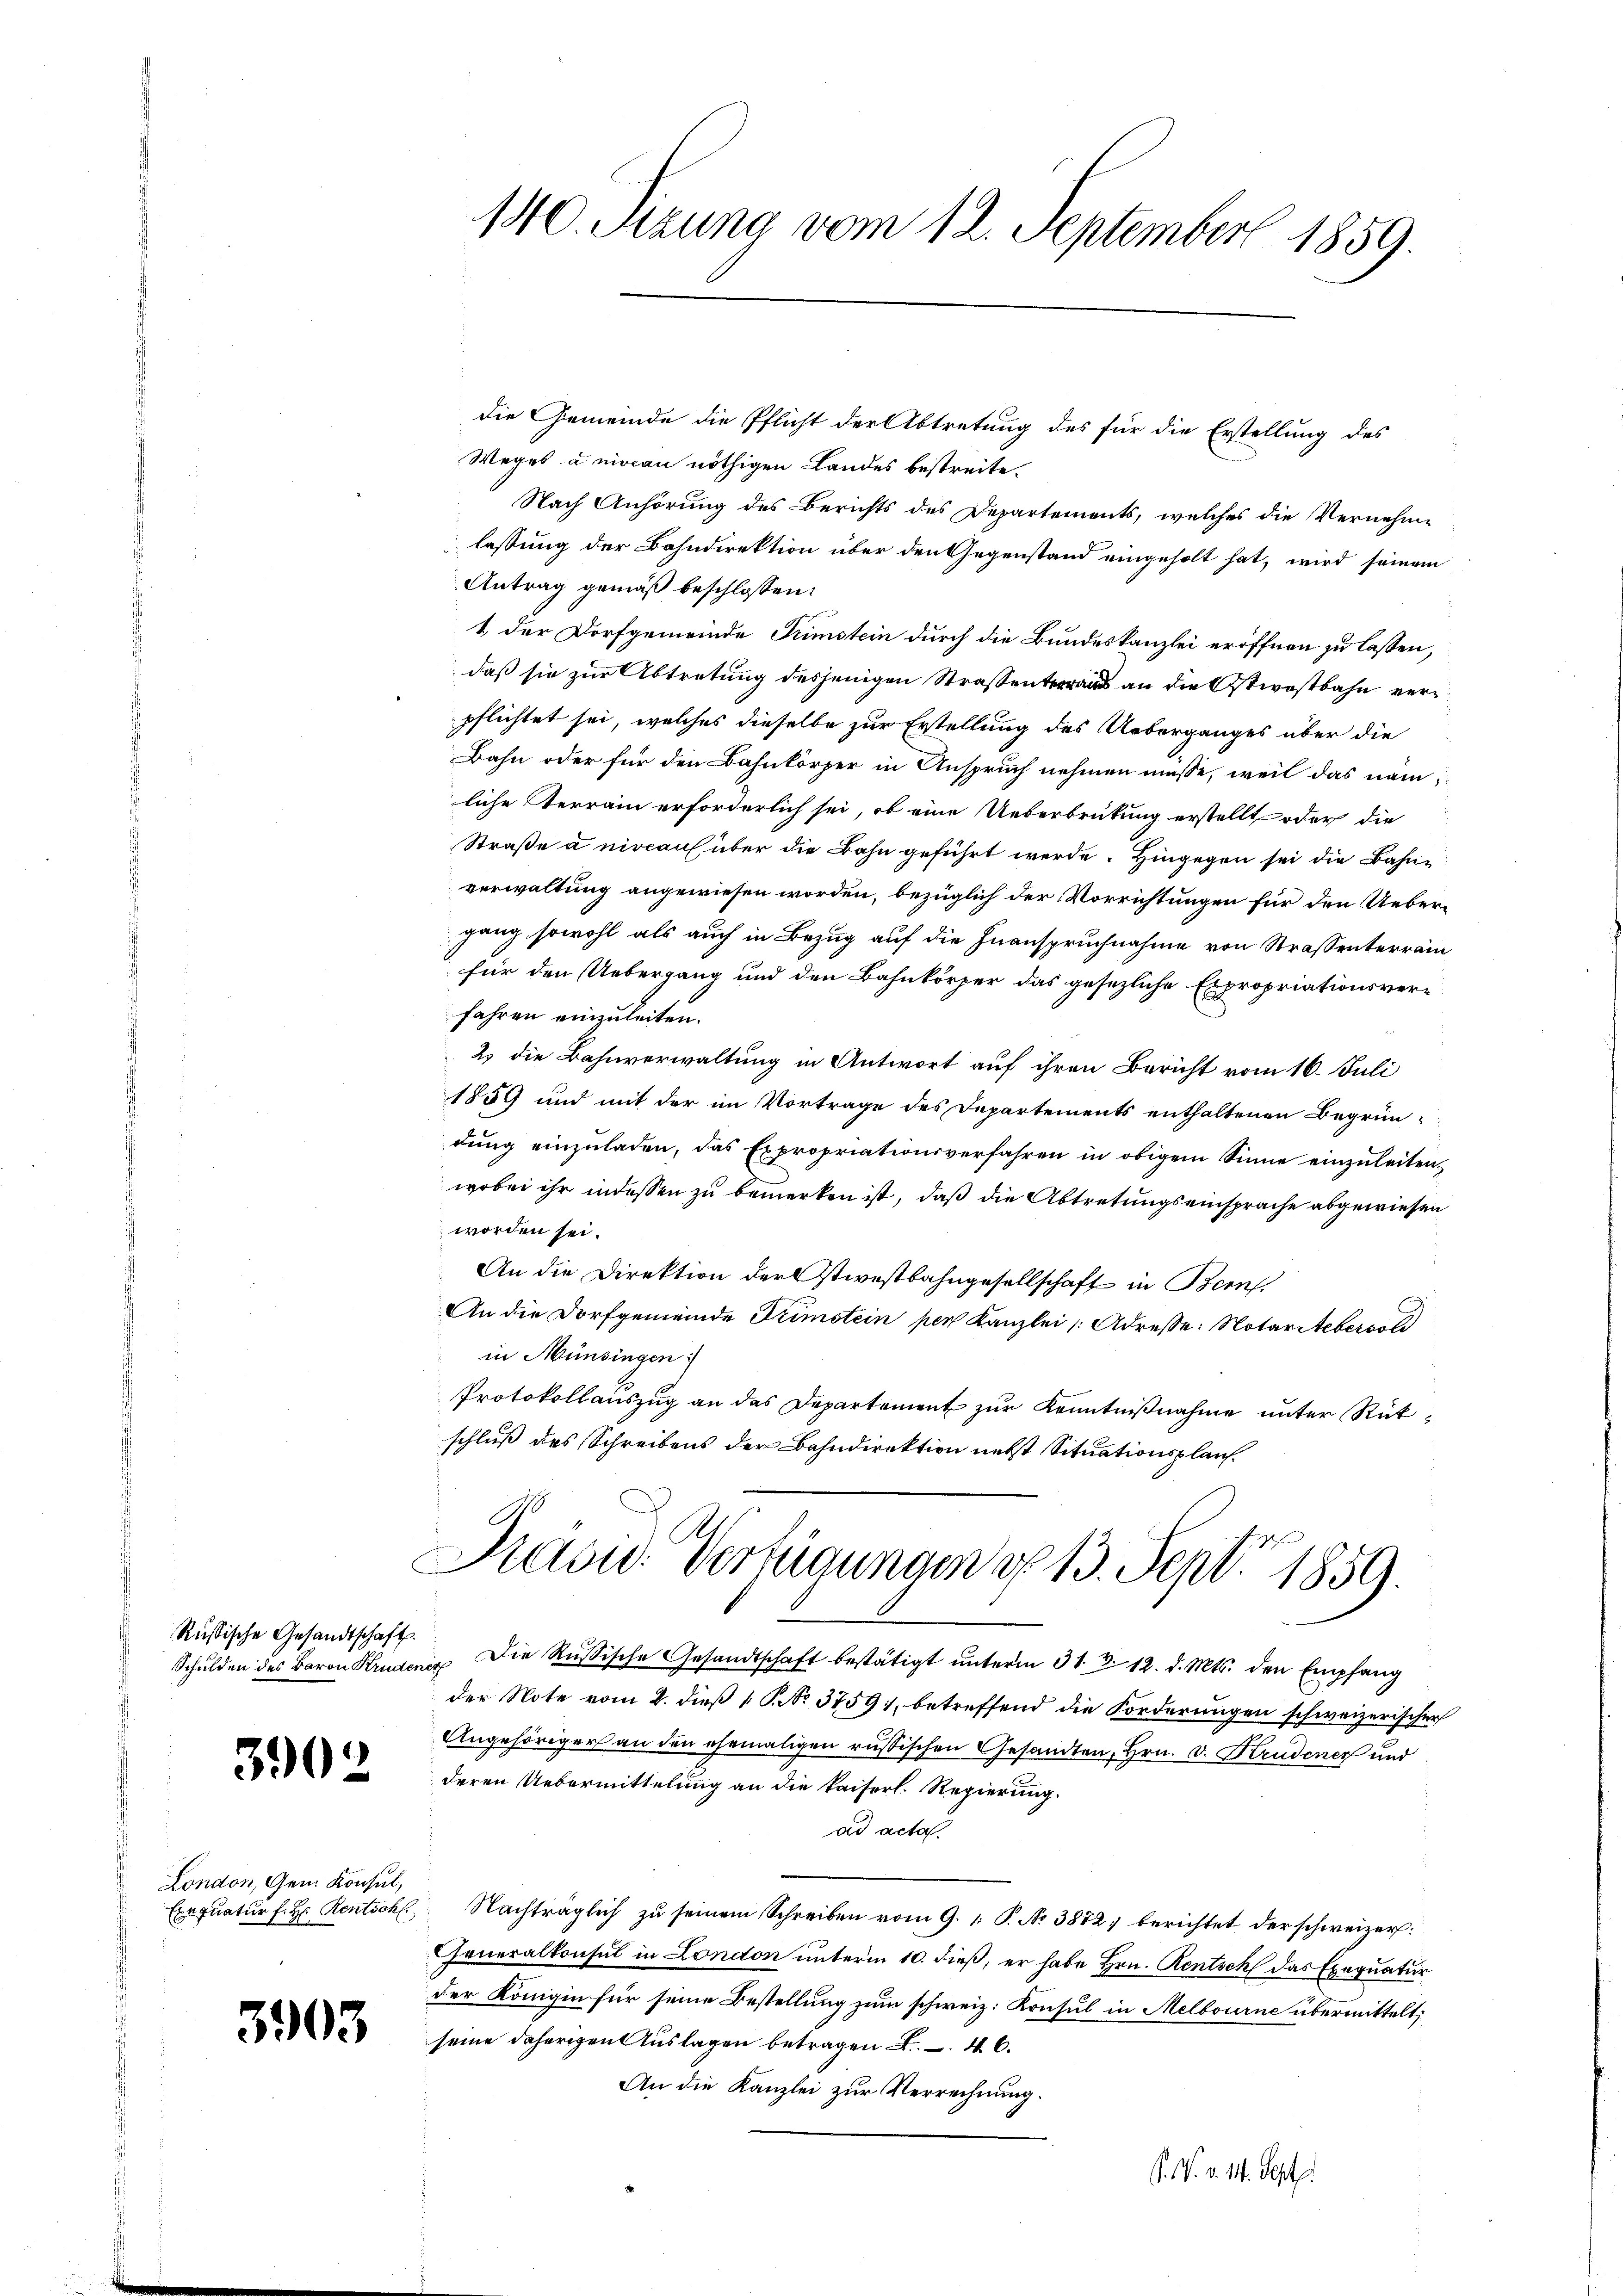
Russische Gesandtschaft.
Schulden des Baron Bruder

3902

London, Gem. Konsul,

3903

140. Setzung vom 12. September 1859.

die Gemeinde die Pflicht der Abtretung des für die Erstellung des
Weges à niveau nöthigen Landes bestreite.
Nach Anhörung des Berichts des Departements, welches die Vernehmlassung der Bahndirektion über den Gegenstand eingeholt hat, wird seinem
Antrag gemäß beschlossen:
1 der Dorfgemeinde Trimstein durch die Bundeskanzlei eröffnen zu lassen,
daß sie zur Abtretung desjenigen Straßenau an die Ostwostbahn verpflichtet sei, welches dieselbe zur Erstellung des Ueberganges über die
Bahn oder für den Bahnkörper in Anspruch nehmen müsse, weil das näm
liche Terrain erforderlich sei, ob eine Ueberbrütung erstellt oder die
Straße a niveau über die Bahn geführt werde. Hingegen sei die Bahnverwaltung angewiesen worden, bezüglich der Vorrichtungen für den Uebergang sowohl als auch in Bezug auf die Inanspruchnahme von Strassenterrain
für den Uebergang und den Bahnkörper das gesezliche Expropriationsverfahren einzuleiten.

2) die Bahnverwaltung in Antwort auf ihren Bericht vom 16. Juli
1859 und mit der im Vortrage des Departements enthaltenen Begründung einzuladen, das Expropriationsverfahren in obigem Sinne einzuleiten,
wobei ihr indessen zu bemerken ist, daß die Abtretungseinsprache abgewiesen
worden sei.
An die Direktion der stiestbahngesellschaft in Bern.
An die Dorfgemeinde Trimstein per Kanzlei (Adresse: Notar Steber sol
in Münsingen:
Protokollauszug an das Departement zur Kenntnißnahme unter Rükschluß des Schreibens der Bahndirektion nebst Situationsplan.
Präsid. Verfügungen d. 13. Sept. 1859.
 Die Russische Gesandtschaft bestätigt unterm 31. 312. d. Mts. den Empfang
der Note vom 2. dieß P. No. 3759, betreffend die Forderungen schweizerischer
Angehöriger an den ehemaligen russischen Gesandten, Hrn. v. Krudener und
deren Uebermittelung an die kaiserl. Regierung.
ad acta.
Exequatur f. H. Rentschl. Nachträglich zu seinem Schreiben vom 9. P. Nr. 3872, berichtet der schweizer
Generalkonsul in London unterm 10. dieß, er habe Hrn. Rentsch das Exequatur
der Königin für seine Bestellung zum schweiz. Konsul in Melbourne übermittelt,
seine daherigen Auslagen betragen . . .
An die Kanzlei zur Verrechnung.
. N. v. 14. Sept.